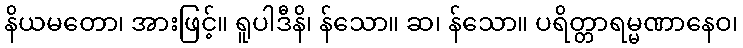
နိယမတော၊ အားဖြင့်။ ရူပါဒီနိ၊ န်သော။ ဆ၊ န်သော။ ပရိတ္တာရမ္မဏာနေဝ၊